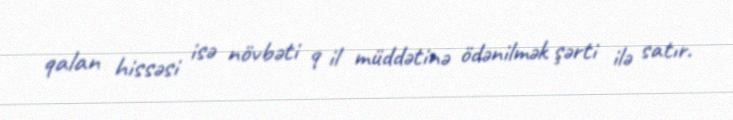
qalan hissəsi isə növbəti 9 il müddətinə ödənilmək şərti ilə satır.